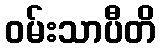
ဝမ်းသာပီတိ